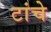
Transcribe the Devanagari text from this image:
टांचे